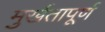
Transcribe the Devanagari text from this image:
मुर्खतापूर्ण